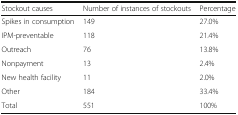
| Stockout causes | Number of instances of stockouts | Percentage |
 | --- | --- | --- |
 | Spikes in consumption | 149 | 27.0% |
 | IPM-preventable | 118 | 21.4% |
 | Outreach | 76 | 13.8% |
 | Nonpayment | 13 | 2.4% |
 | New health facility | 11 | 2.0% |
 | Other | 184 | 33.4% |
 | Total | 551 | 100% |